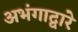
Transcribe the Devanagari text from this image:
अभंगाद्वारे